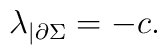
\lambda_{|\partial\Sigma} = - c.